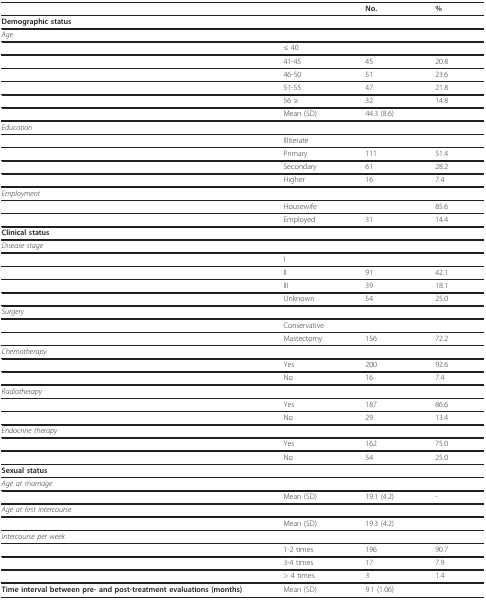
|  |  | No. | % |
 | --- | --- | --- | --- |
 | Demographic status |  |  |  |
 | Age |  |  |  |
 |  | ≤ 40 |  |  |
 |  | 41-45 | 45 | 20.8 |
 |  | 46-50 | 51 | 23.6 |
 |  | 51-55 | 47 | 21.8 |
 |  | 56 ≥ | 32 | 14.8 |
 |  | Mean (SD) | 44.3 (8.6) |  |
 | Education |  |  |  |
 |  | Illiterate |  |  |
 |  | Primary | 111 | 51.4 |
 |  | Secondary | 61 | 28.2 |
 |  | Higher | 16 | 7.4 |
 | Employment |  |  |  |
 |  | Housewife |  | 85.6 |
 |  | Employed | 31 | 14.4 |
 | Clinical status |  |  |  |
 | Disease stage |  |  |  |
 |  | I |  |  |
 |  | II | 91 | 42.1 |
 |  | III | 39 | 18.1 |
 |  | Unknown | 54 | 25.0 |
 | Surgery |  |  |  |
 |  | Conservative |  |  |
 |  | Mastectomy | 156 | 72.2 |
 | Chemotherapy |  |  |  |
 |  | Yes | 200 | 92.6 |
 |  | No | 16 | 7.4 |
 | Radiotherapy |  |  |  |
 |  | Yes | 187 | 86.6 |
 |  | No | 29 | 13.4 |
 | Endocrine therapy |  |  |  |
 |  | Yes | 162 | 75.0 |
 |  | No | 54 | 25.0 |
 | Sexual status |  |  |  |
 | Age at marriage |  |  |  |
 |  | Mean (SD) | 19.1 (4.2) | - |
 | Age at first intercourse |  |  |  |
 |  | Mean (SD) | 19.3 (4.2) |  |
 | Intercourse per week |  |  |  |
 |  | 1-2 times | 196 | 90.7 |
 |  | 3-4 times | 17 | 7.9 |
 |  | > 4 times | 3 | 1.4 |
 | Time interval between pre- and post-treatment evaluations (months) | Mean (SD) | 9.1 (1.06) |  |